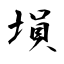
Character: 塤